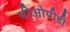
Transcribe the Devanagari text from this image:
पीओपीडी